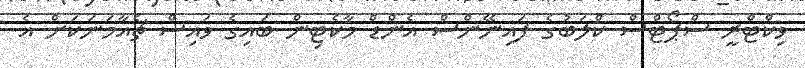
ވިކްޓްރީ ސްޕޯޓްސް ކްލަބުގެ ފައިނޭންސް އެންޑް މާކެޓިން ބައިގެ ވައިސް ޗެއާމަނަކަށް އެ